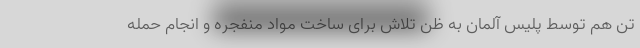
تن هم توسط پلیس آلمان به ظن تلاش برای ساخت مواد منفجره و انجام حمله